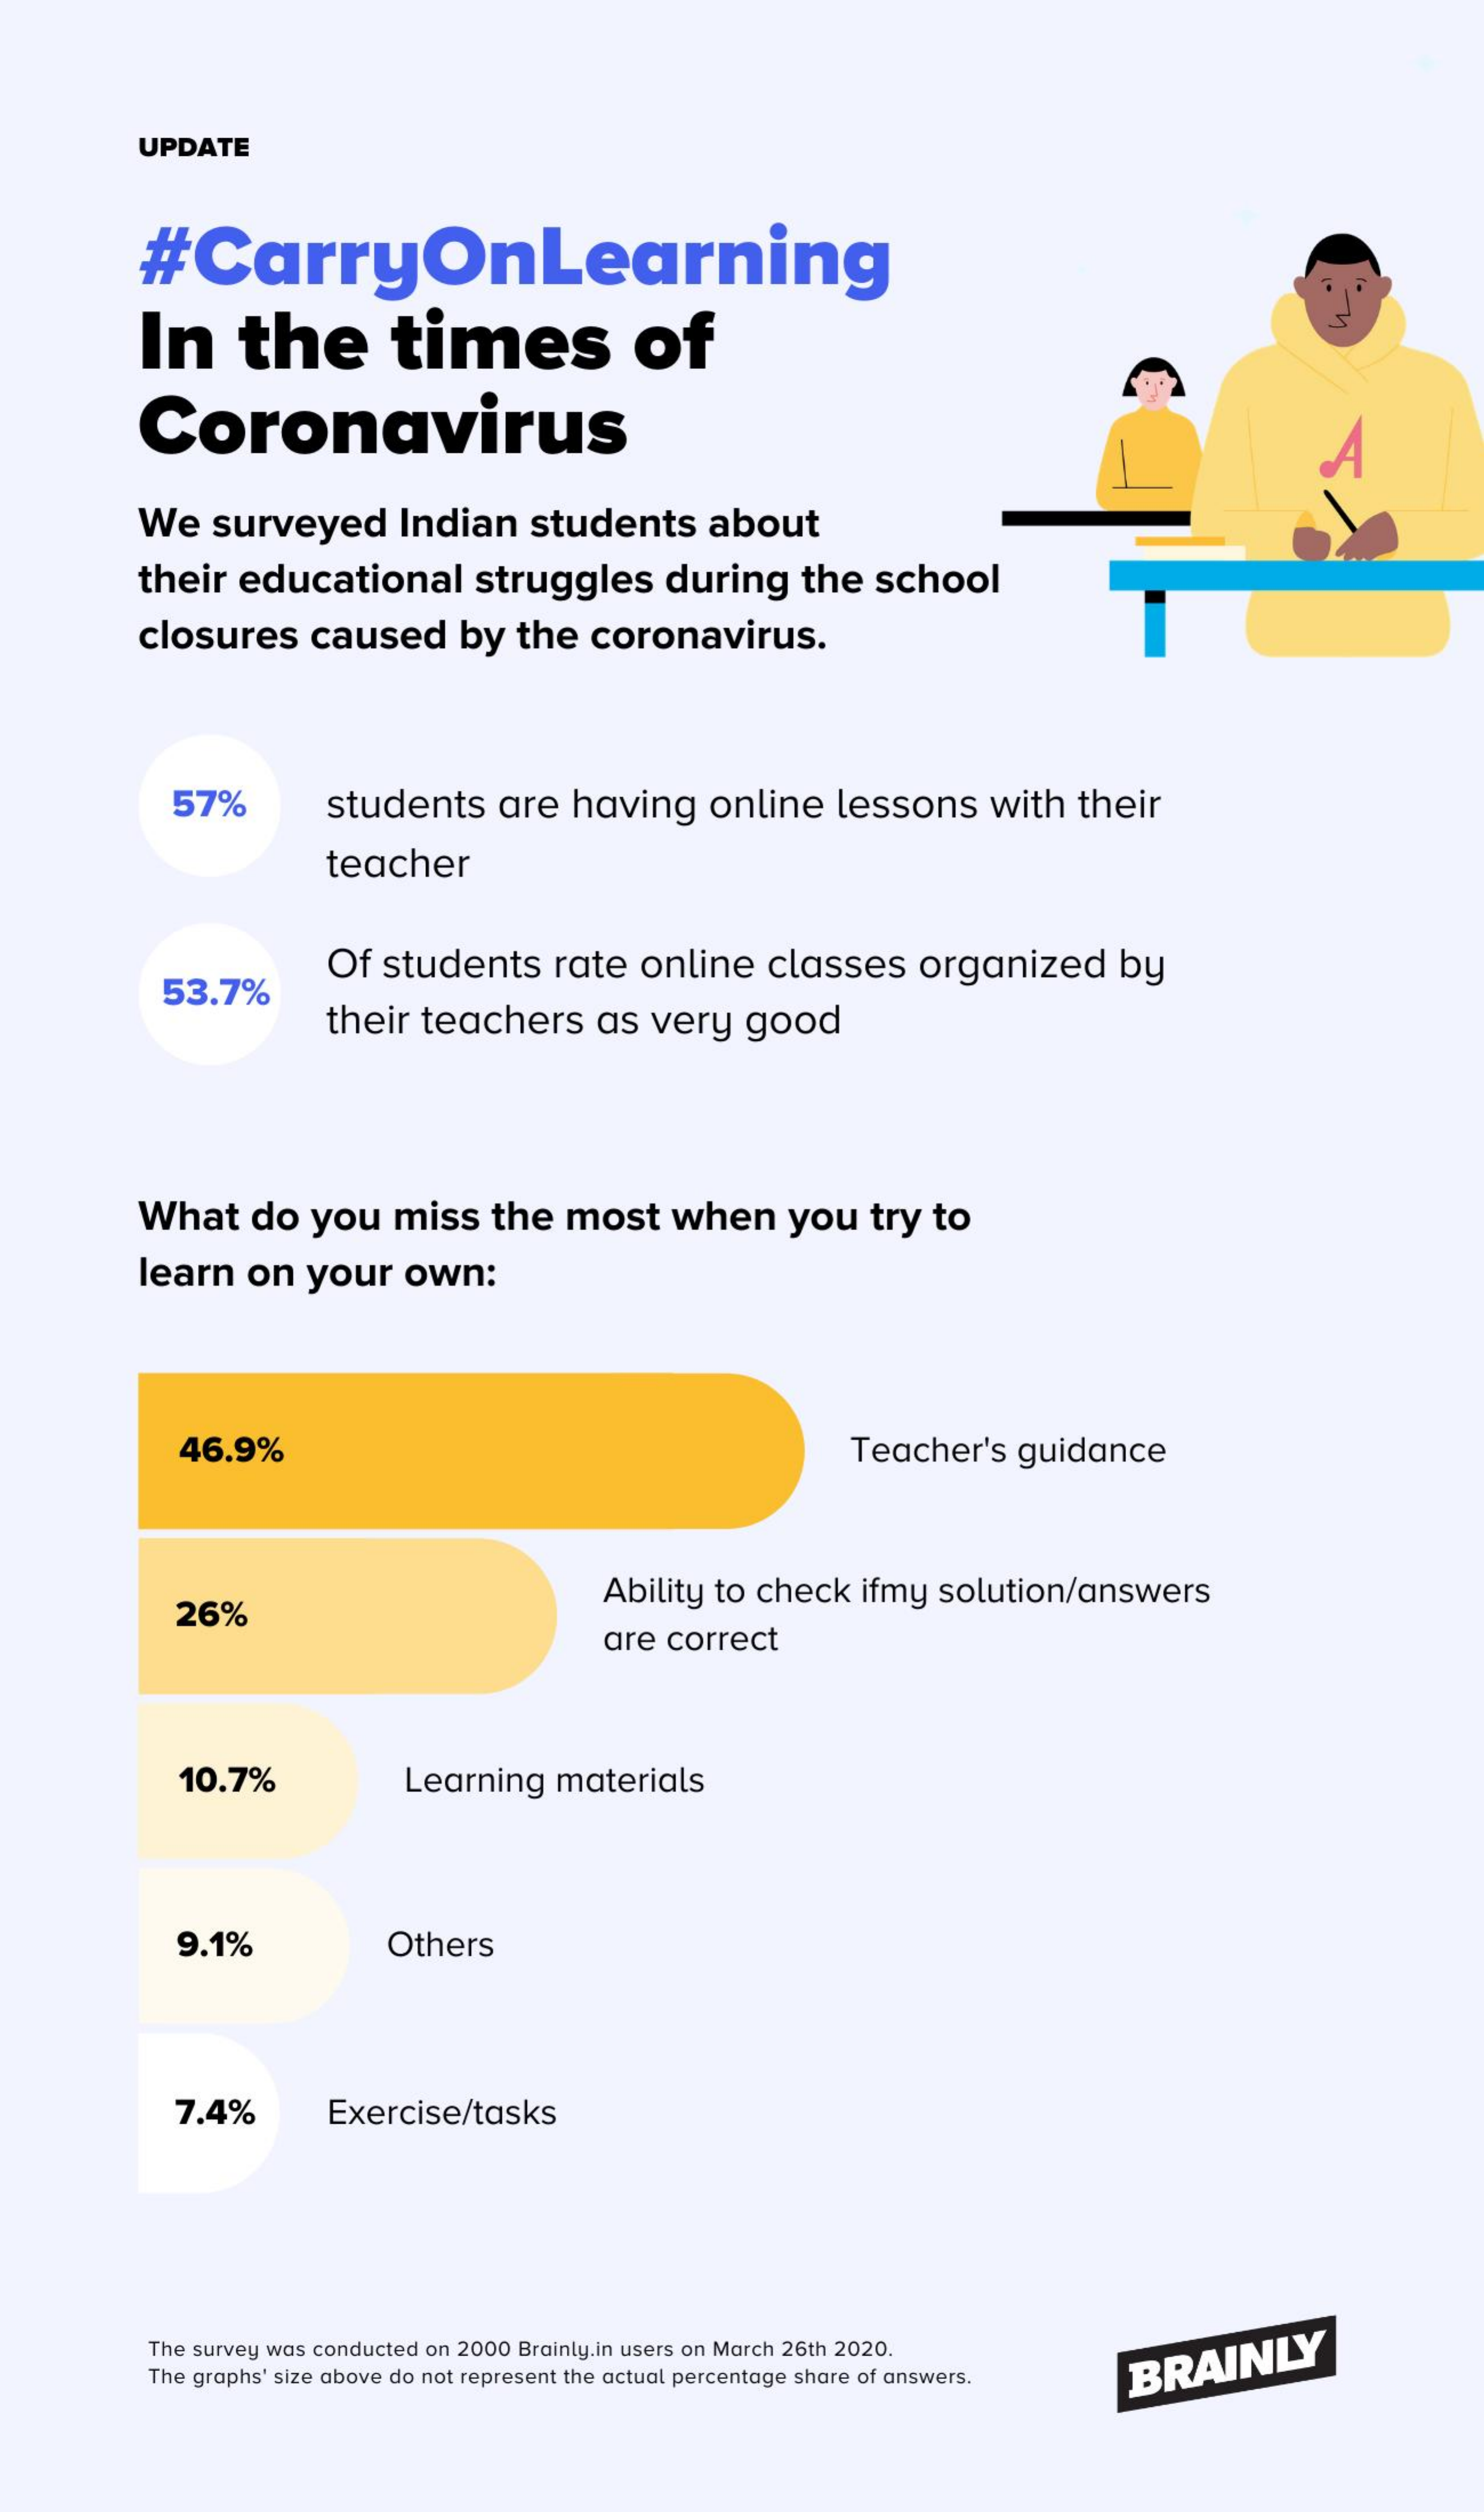
UPDATE
     #CarryOnLearning
     In    the    times    of
     Coronavirus    A
     We    surveyed    Indian    students    about
     their   educational    struggles    during    the   school
     closures    caused    by   the   coronavirus.
     57%    students    are   having    online    lessons    with   their
     teacher
     53.7%
     Of  students    rate   online    classes    organized    by
     their  teachers    as   very    good
     What    do   you    miss    the   most    when    you    try  to
     learn    on   your    own:
     46.9%    Teacher's    guidance
     26%
     Ability  to check    ifmy  solution/answers
     are  correct
     10.7%    Learning    materials
     9.1%    Others
     7.4%    Exercise/tasks
     The survey was conducted on 2000 Brainly.in users on March 26th 2020.
     The graphs' size above do not represent the actual percentage share of answers.
     BRAINLY